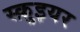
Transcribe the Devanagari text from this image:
स्क़ुइयर